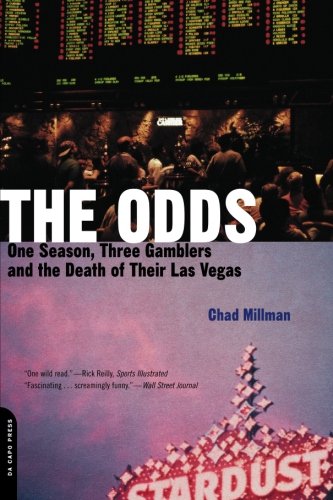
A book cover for The Odds: One Season, Three Gamblers, and the Death of Their Las Vegas; Chad Millman; Humor & Entertainment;